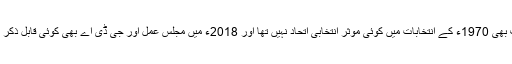
پیپلزپارٹی کے خلاف بھی 1970ء کے انتخابات میں کوئی مؤثر انتخابی اتحاد نہیں تھا اور 2018ء میں مجلس عمل اور جی ڈی اے بھی کوئی قابل ذکر نتائج نہیں دے سکے۔